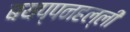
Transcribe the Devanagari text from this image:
बयप्पनहल्ली